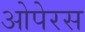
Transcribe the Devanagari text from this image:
ओपेरस